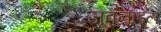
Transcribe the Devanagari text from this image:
जूवनाइल